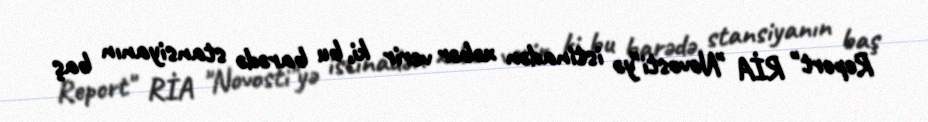
Report" RİA "Novosti"yə istinadən xəbər verir ki, bu barədə stansiyanın baş